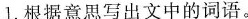
1.根据意思写出文中的词语。